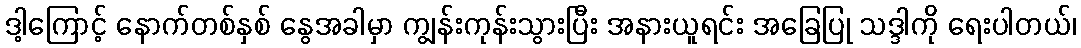
ဒါ့ကြောင့် နောက်တစ်နှစ် နွေအခါမှာ ကျွန်းကုန်းသွားပြီး အနားယူရင်း အခြေပြု သဒ္ဒါကို ရေးပါတယ်၊